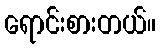
ရောင်းစားတယ်။